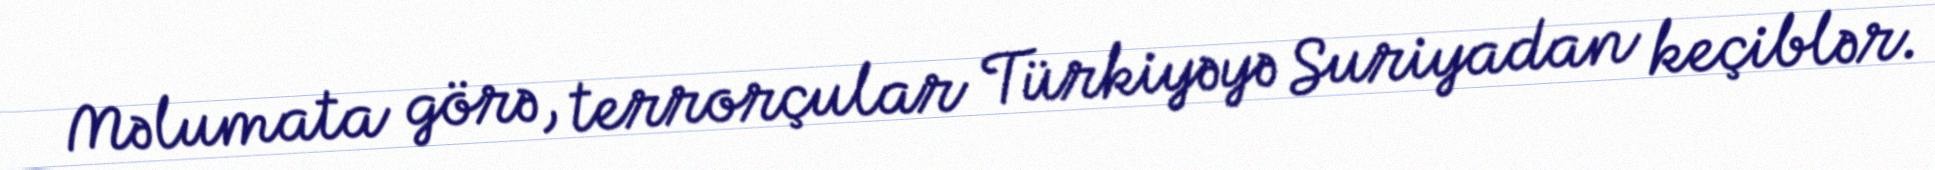
Məlumata görə, terrorçular Türkiyəyə Suriyadan keçiblər.